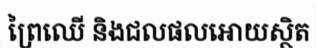
ព្រៃឈើ និងជលផលអោយស្ថិត